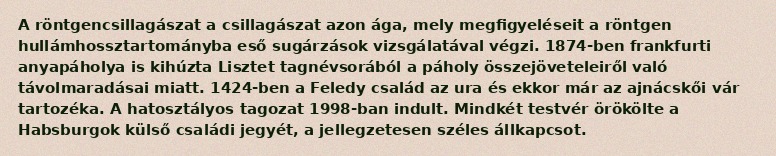
A röntgencsillagászat a csillagászat azon ága, mely megfigyeléseit a röntgen hullámhossztartományba eső sugárzások vizsgálatával végzi. 1874-ben frankfurti anyapáholya is kihúzta Lisztet tagnévsorából a páholy összejöveteleiről való távolmaradásai miatt. 1424-ben a Feledy család az ura és ekkor már az ajnácskői vár tartozéka. A hatosztályos tagozat 1998-ban indult. Mindkét testvér örökölte a Habsburgok külső családi jegyét, a jellegzetesen széles állkapcsot.